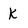
Character: k